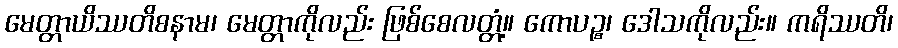
မေတ္တာယိဿတိစနာမ၊ မေတ္တာကိုလည်း ဖြစ်စေလတ္တံ့။ ကောပဉ္စ၊ ဒေါသကိုလည်း။ ကရိဿတိ၊